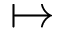
\mapsto